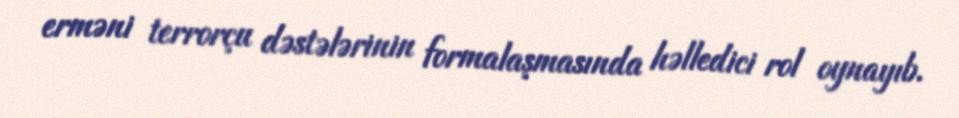
erməni terrorçu dəstələrinin formalaşmasında həlledici rol oynayıb.